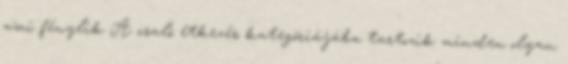
ami fénylik A csaló étkezés kategóriájába tartozik minden olyan